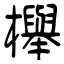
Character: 櫸